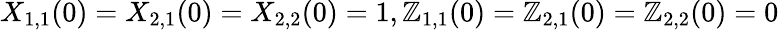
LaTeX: X_{1,1}(0)=X_{2,1}(0)=X_{2,2}(0)=1,\mathbb{Z}_{1,1}(0)=\mathbb{Z}_{2,1}(0)=\mathbb{Z}_{2,2}(0)=0